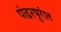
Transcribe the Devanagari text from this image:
पंढरपुरांत